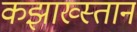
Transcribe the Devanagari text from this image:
कझाख्स्तान